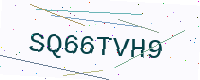
Text: SQ66TVH9